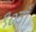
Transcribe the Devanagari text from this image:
९०वाँ